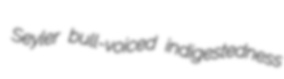
Seyler bull-voiced indigestedness